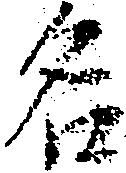
名